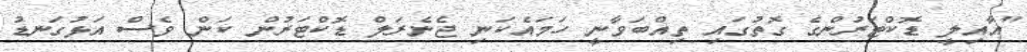
"އާއިލީ ޑޮކްޓަރުންގެ ގޮތުގައި ތިއްބަވާނީ ހަމައެކަނި ޖެނެރަލް ޑޮކްޓަރުން ކަން ވެސް އަޅުގަނޑު